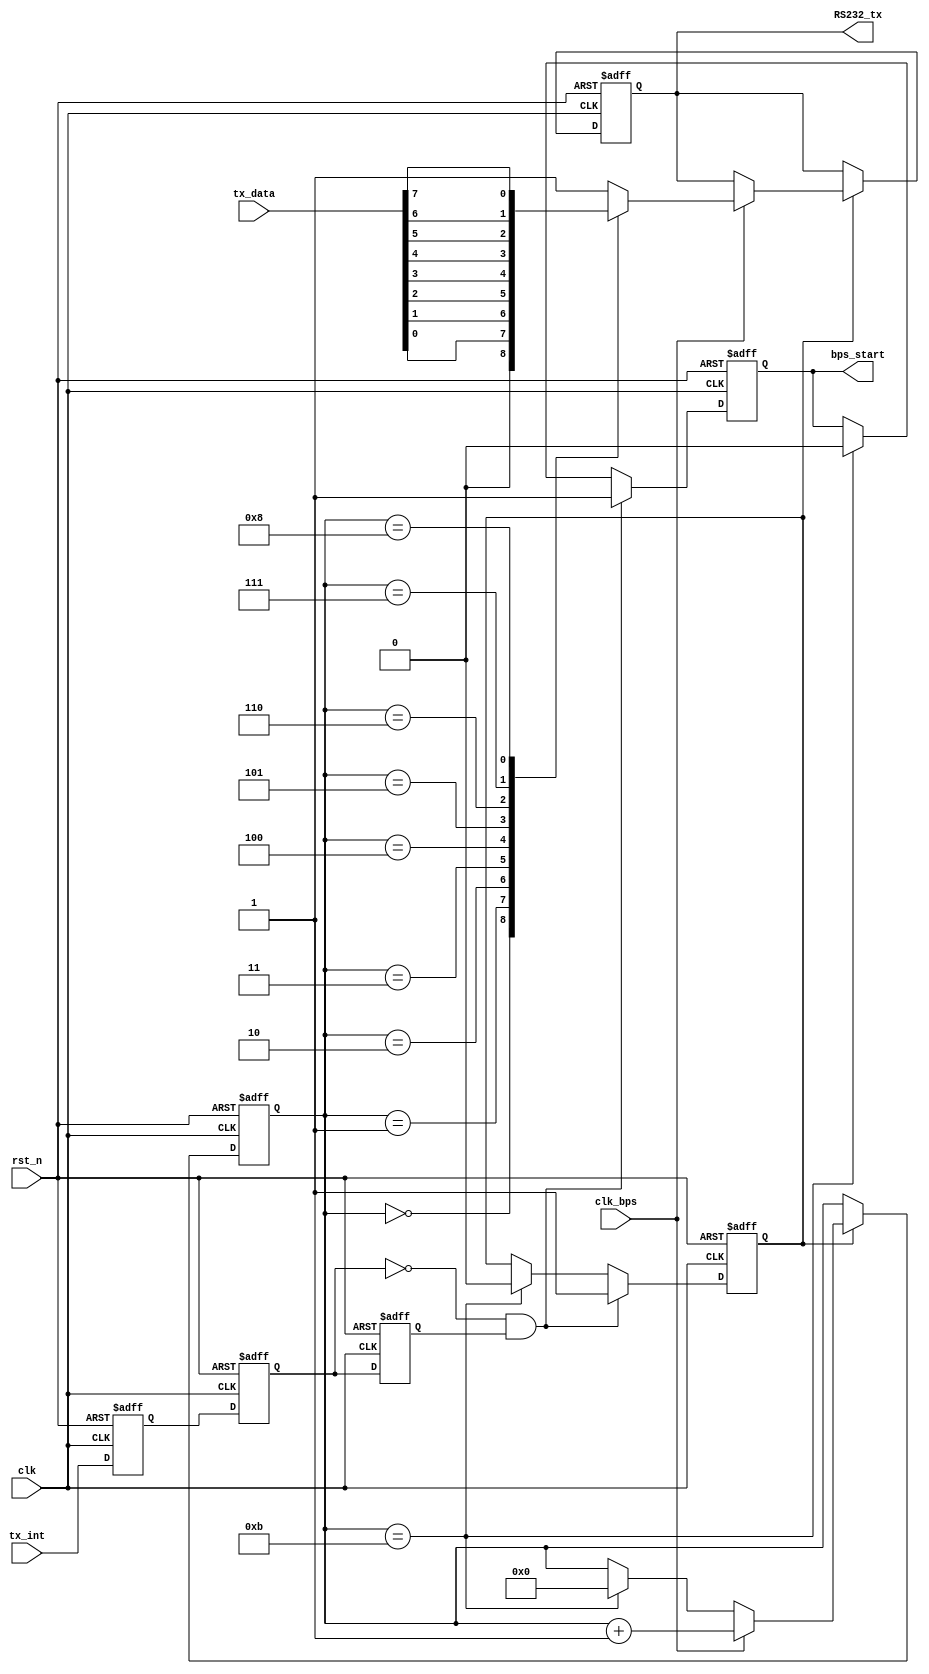
module UART_tx(clk,rst_n,bps_start,clk_bps,RS232_tx,tx_data,tx_int);
 input clk;
    input rst_n;
    input clk_bps;//
    input [7:0] tx_data;//
    input tx_int;//
    output RS232_tx;//
    output bps_start;//
    
    reg tx_int0,tx_int1,tx_int2;//,
    wire neg_tx_int;    //
    
    always @(posedge clk or negedge rst_n) begin
     if(!rst_n) begin
      tx_int0 <= 1'b0;
      tx_int1 <= 1'b0;
      tx_int2 <= 1'b0;
     end
     else begin
       tx_int0 <= tx_int;
       tx_int1 <= tx_int0;
       tx_int2 <= tx_int1;
     end
    end
 
     assign neg_tx_int = ~tx_int1 & tx_int2;//
     
     reg [7:0] tx_data_reg;//
     reg bps_start_r;
     reg tx_en;//,
     reg [3:0] num;
    
    always @(posedge clk or negedge rst_n) begin
     if(!rst_n) begin
      bps_start_r <= 1'bz;
      tx_en <= 1'b0;
      tx_data_reg <= 8'd0;
     end
  else if(neg_tx_int) begin//,
      bps_start_r <= 1'b1;
      tx_data_reg <= tx_data;
      tx_en <= 1'b1;
     end
     else if(num==4'd11) begin
      bps_start_r <= 1'b0;
      tx_en <= 1'b0;
     end 
    end
 assign bps_start = bps_start_r;
    
    reg RS232_tx_r;
    always @(posedge clk or negedge rst_n) begin
     if(!rst_n) begin
      num<=4'd0;
      RS232_tx_r <= 1'b1;
     end
     else if(tx_en) begin
      if(clk_bps) begin
       num<=num+1'b1;
       case(num)
       4'd0: RS232_tx_r <= 1'b0;//
       4'd1: RS232_tx_r <= tx_data[0];// 
       4'd2: RS232_tx_r <= tx_data[1];
       4'd3: RS232_tx_r <= tx_data[2];
       4'd4: RS232_tx_r <= tx_data[3];
       4'd5: RS232_tx_r <= tx_data[4];
       4'd6: RS232_tx_r <= tx_data[5];
       4'd7: RS232_tx_r <= tx_data[6];
       4'd8: RS232_tx_r <= tx_data[7];
       4'd9: RS232_tx_r <= 1'b1;//,1
       default: RS232_tx_r <= 1'b1;
     endcase
    end
    else if(num==4'd11)
     num<=4'd0;//,
   end
  end
  assign RS232_tx =RS232_tx_r;
endmodule